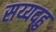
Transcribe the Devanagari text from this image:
सय्यदहु